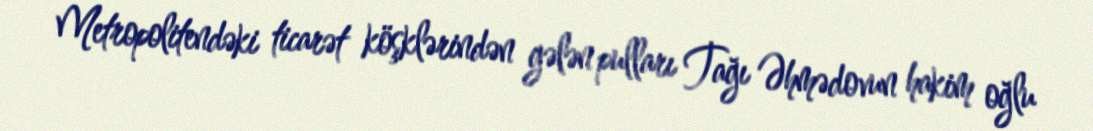
Metropolitendəki ticarət köşklərindən gələn pulları Tağı Əhmədovun hakim oğlu